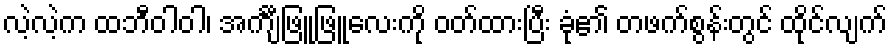
လဲ့လဲ့က ထဘီဝါဝါ၊ အင်္ကျီဖြူဖြူလေးကို ဝတ်ထားပြီး ခုံ၏ တဖက်စွန်းတွင် ထိုင်လျက်